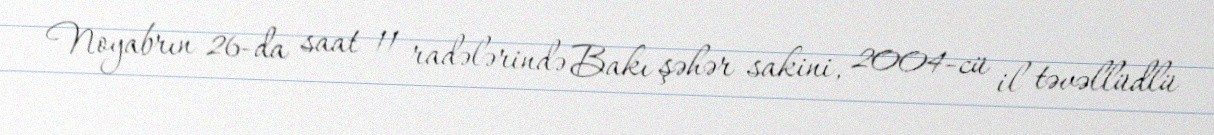
Noyabrın 26-da saat 11 radələrində Bakı şəhər sakini, 2004-cü il təvəllüdlü